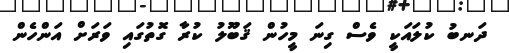
ދަނބު ކުލައަކީ ވެސް ގިނަ މީހުން ޤަބޫލު ކުރާ ގޮތުގައި ވަރަށް އަންހެން